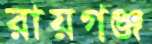
রায়গঞ্জ